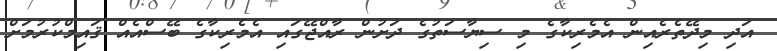
އަދި މިދޭތެރެއިން އެމެރިކާގެ މި ސިޔާސަތުގެ ދަށުން ރާއްޖޭގައި އެމެރިކާގެ ބޭސްއެއް ޤައިމްކުރުމަށް